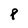
Character: p